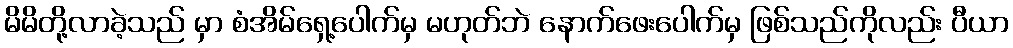
မိမိတို့လာခဲ့သည် မှာ စံအိမ်ရှေ့ပေါက်မှ မဟုတ်ဘဲ နောက်ဖေးပေါက်မှ ဖြစ်သည်ကိုလည်း ပီယာ